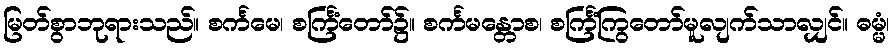
မြတ်စွာဘုရားသည်။ စင်္ကမေ၊ စင်္ကြံတော်၌။ စင်္ကမန္တောစ၊ စင်္ကြံကြွတော်မူလျက်သာလျှင်။ ဓမ္မံ၊